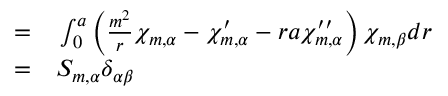
\begin{array} { r l } { = } & { { } \int _ { 0 } ^ { a } \left( \frac { m ^ { 2 } } { r } \chi _ { m , \alpha } - \chi _ { m , \alpha } ^ { \prime } - r a \chi _ { m , \alpha } ^ { \prime \prime } \right) \chi _ { m , \beta } d r } \\ { = } & { { } S _ { m , \alpha } \delta _ { \alpha \beta } } \end{array}